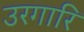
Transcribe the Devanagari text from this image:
उरगारि